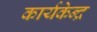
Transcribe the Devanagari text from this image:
कार्यकेन्द्र